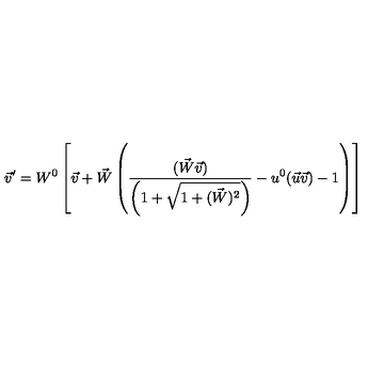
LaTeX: \vec { v } ^ { \prime } = W ^ { 0 } \left[ \vec { v } + \vec { W } \left( \frac { ( \vec { W } \vec { v } ) } { \left( 1 + \sqrt { 1 + ( \vec { W } ) ^ { 2 } } \right) } - u ^ { 0 } ( \vec { u } \vec { v } ) - 1 \right) \right]